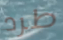
طرد